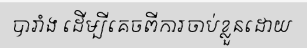
បារាំង ដើម្បីគេចពីការចាប់ខ្លួនដោយ